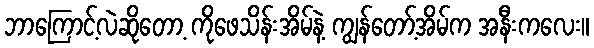
ဘာကြောင့်လဲဆိုတော့ ကိုဖေသိန်းအိမ်နဲ့ ကျွန်တော့်အိမ်က အနီးကလေး။